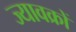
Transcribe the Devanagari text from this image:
ज्यावक्रों